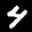
Label: 4